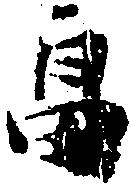
畠